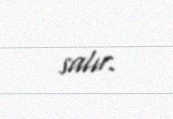
salır.